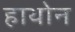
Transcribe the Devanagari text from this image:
हाथोन